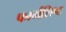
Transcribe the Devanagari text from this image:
फार्मशिष्ट